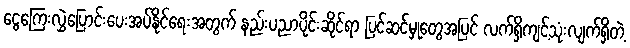
ငွေကြေးလွှဲပြောင်းပေးအပ်နိုင်ရေးအတွက် နည်းပညာပိုင်းဆိုင်ရာ ပြင်ဆင်မှုတွေအပြင် လက်ရှိကျင့်သုံးလျက်ရှိတဲ့